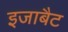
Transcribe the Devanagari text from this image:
इजाबैट